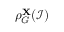
\rho _ { G } ^ { \mathbf { X } } ( \mathcal { I } )